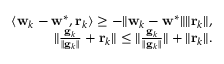
\begin{array} { r } { \langle \mathbf w _ { k } - \mathbf w ^ { * } , \mathbf r _ { k } \rangle \geq - \| \mathbf w _ { k } - \mathbf w ^ { * } \| \| \mathbf r _ { k } \| , } \\ { \| \frac { \mathbf g _ { k } } { \| \mathbf g _ { k } \| } + \mathbf r _ { k } \| \leq \| \frac { \mathbf g _ { k } } { \| \mathbf g _ { k } \| } \| + \| \mathbf r _ { k } \| . } \end{array}